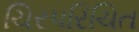
ચિરપરિચિત